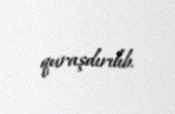
quraşdırılıb.